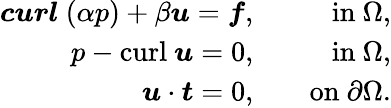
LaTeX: \begin{array}{rlr}{\boldsymbol{curl}~(\alpha p)+\beta\boldsymbol{u}=\boldsymbol{f},}&{}&{\mathrm{in}\ \Omega,}\\ {p-\mathrm{curl}~\boldsymbol{u}=0,}&{}&{\mathrm{in}\ \Omega,}\\ {\boldsymbol{u}\cdot\boldsymbol{t}=0,}&{}&{\mathrm{on}\ \partial\Omega.}\end{array}